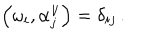
LaTeX: \left( \omega _ { i } , \alpha _ { j } ^ { \vee } \right) = \delta _ { i j } \, .